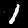
Label: 1